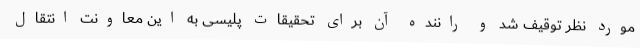
مورد نظر توقیف شد و راننده آن برای تحقیقات پلیسی به این معاونت انتقال